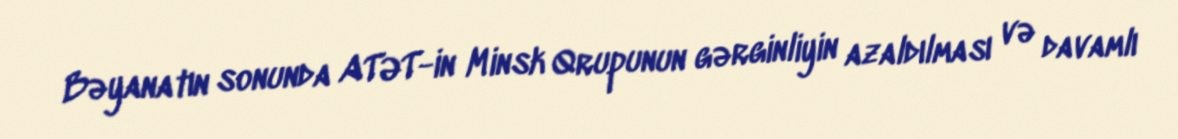
Bəyanatın sonunda ATƏT-in Minsk Qrupunun gərginliyin azaldılması və davamlı